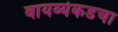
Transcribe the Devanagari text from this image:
वायव्येकडचा